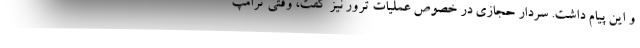
و این پیام داشت. سردار حجازی در خصوص عملیات ترور نیز گفت،‌ وقتی ترامپ